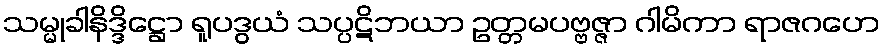
သမ္မုခါနိဒ္ဒိဋ္ဌော ရူပဒွယံ သပ္ပဋိဘယာ ဥတ္တမပဗ္ဗဇ္ဇာ ဂါမိကာ ရာဇဂဟေ